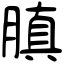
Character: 䐜